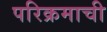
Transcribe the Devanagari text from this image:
परिक्रमाची